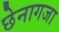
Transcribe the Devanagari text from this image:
छेनागजा